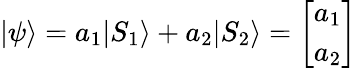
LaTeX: |\psi\rangle=a_{1}|S_{1}\rangle+a_{2}|S_{2}\rangle={\left[\begin{array}{l}{a_{1}}\\ {a_{2}}\end{array}\right]}